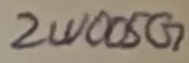
Text: 2W005G